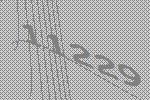
11229